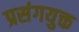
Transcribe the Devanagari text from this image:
प्रसंगयुक्त